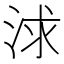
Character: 浗